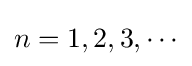
{\textstyle n=1,2,3,\cdots }